Annual report of the Madras Medical College
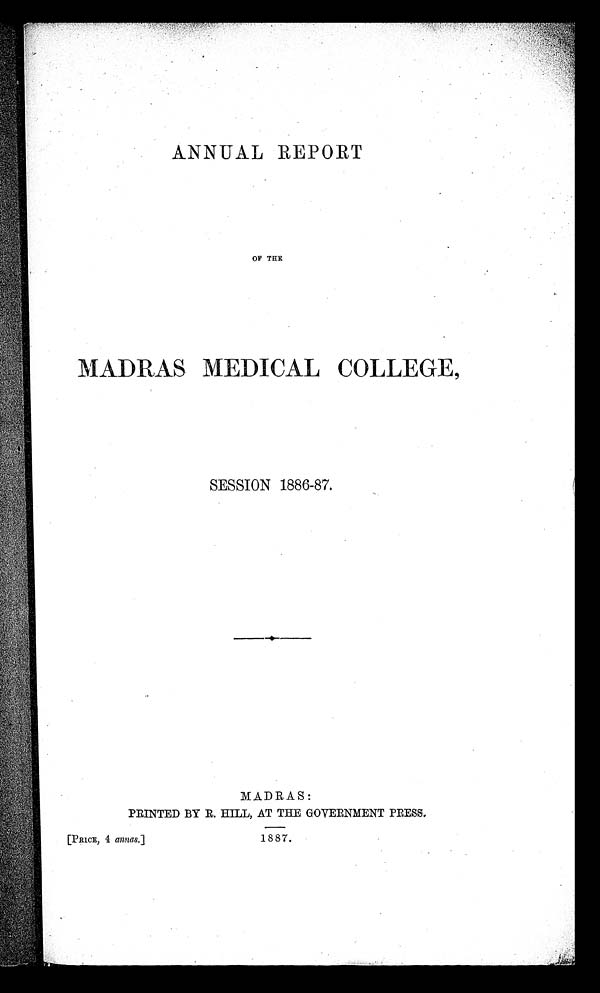
ANNUAL REPORT
OF THE
MADRAS MEDICAL COLLEGE,
SESSION 1886-87.
MADRAS:
PRINTED BY R. HILL, AT THE GOVERNMENT PRESS.
[PRICE, 4 annas.]
1 887.